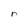
Character: n